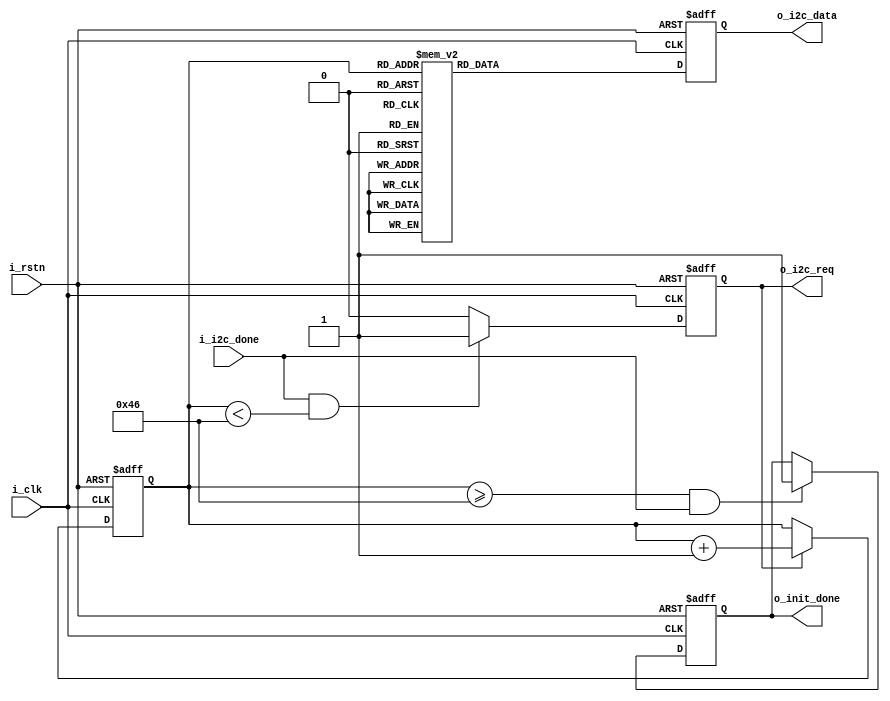
module i2c_reg_map_module #(
    parameter integer REG_NUM   = 7'd70,
    parameter integer REG_WIDTH = 8'd8
) (
    input                      i_clk,
    input                      i_rstn,
    //--
    input                      i_i2c_done,
    output reg                 o_i2c_req,
    output reg [REG_WIDTH-1:0] o_i2c_data,
    output reg                 o_init_done
);

  //reg define
  reg [6:0] init_reg_cnt;

  //*****************************************************
  //**                    main code
  //*****************************************************

  always @(posedge i_clk or negedge i_rstn) begin
    if (!i_rstn) init_reg_cnt <= 7'd0;
    else if (o_i2c_req) init_reg_cnt <= init_reg_cnt + 7'b1;
  end


  always @(posedge i_clk or negedge i_rstn) begin
    if (!i_rstn) o_i2c_req <= 1'b0;
    else if (i_i2c_done && (init_reg_cnt < REG_NUM)) o_i2c_req <= 1'b1;
    else o_i2c_req <= 1'b0;
  end

  always @(posedge i_clk or negedge i_rstn) begin
    if (!i_rstn) o_init_done <= 1'b0;
    else if ((init_reg_cnt >= REG_NUM) && i_i2c_done) o_init_done <= 1'b1;
    else o_init_done <= o_init_done;
  end

  always @(posedge i_clk or negedge i_rstn) begin
    if (!i_rstn) o_i2c_data <= 16'b0;
    else begin
      case (init_reg_cnt)
        7'd0: o_i2c_data <= {8'h12, 8'h80};
        7'd1: o_i2c_data <= {8'h3d, 8'h03};
        7'd2: o_i2c_data <= {8'h15, 8'h00};
        7'd3: o_i2c_data <= {8'h17, 8'h23};
        7'd4: o_i2c_data <= {8'h18, 8'ha0};
        7'd5: o_i2c_data <= {8'h19, 8'h07};
        7'd6: o_i2c_data <= {8'h1a, 8'hf0};
        7'd7: o_i2c_data <= {8'h32, 8'h00};
        7'd8: o_i2c_data <= {8'h29, 8'ha0};
        7'd9: o_i2c_data <= {8'h2a, 8'h00};
        7'd10: o_i2c_data <= {8'h2b, 8'h00};
        7'd11: o_i2c_data <= {8'h2c, 8'hf0};
        7'd12: o_i2c_data <= {8'h0d, 8'h41};
        7'd13: o_i2c_data <= {8'h11, 8'h00};
        7'd14: o_i2c_data <= {8'h12, 8'h06};
        7'd15: o_i2c_data <= {8'h0c, 8'h10};
        7'd16: o_i2c_data <= {8'h42, 8'h7f};
        7'd17: o_i2c_data <= {8'h4d, 8'h09};
        7'd18: o_i2c_data <= {8'h63, 8'hf0};
        7'd19: o_i2c_data <= {8'h64, 8'hff};
        7'd20: o_i2c_data <= {8'h65, 8'h00};
        7'd21: o_i2c_data <= {8'h66, 8'h00};
        7'd22: o_i2c_data <= {8'h67, 8'h00};
        7'd23: o_i2c_data <= {8'h13, 8'hff};
        7'd24: o_i2c_data <= {8'h0f, 8'hc5};
        7'd25: o_i2c_data <= {8'h14, 8'h11};
        7'd26: o_i2c_data <= {8'h22, 8'h98};
        7'd27: o_i2c_data <= {8'h23, 8'h03};
        7'd28: o_i2c_data <= {8'h24, 8'h40};
        7'd29: o_i2c_data <= {8'h25, 8'h30};
        7'd30: o_i2c_data <= {8'h26, 8'ha1};
        7'd31: o_i2c_data <= {8'h6b, 8'haa};
        7'd32: o_i2c_data <= {8'h13, 8'hff};
        7'd33: o_i2c_data <= {8'h90, 8'h0a};
        7'd34: o_i2c_data <= {8'h91, 8'h01};
        7'd35: o_i2c_data <= {8'h92, 8'h01};
        7'd36: o_i2c_data <= {8'h93, 8'h01};
        7'd37: o_i2c_data <= {8'h94, 8'h5f};
        7'd38: o_i2c_data <= {8'h95, 8'h53};
        7'd39: o_i2c_data <= {8'h96, 8'h11};
        7'd40: o_i2c_data <= {8'h97, 8'h1a};
        7'd41: o_i2c_data <= {8'h98, 8'h3d};
        7'd42: o_i2c_data <= {8'h99, 8'h5a};
        7'd43: o_i2c_data <= {8'h9a, 8'h1e};
        7'd44: o_i2c_data <= {8'h9b, 8'h3f};
        7'd45: o_i2c_data <= {8'h9c, 8'h25};
        7'd46: o_i2c_data <= {8'h9e, 8'h81};
        7'd47: o_i2c_data <= {8'ha6, 8'h06};
        7'd48: o_i2c_data <= {8'ha7, 8'h65};
        7'd49: o_i2c_data <= {8'ha8, 8'h65};
        7'd50: o_i2c_data <= {8'ha9, 8'h80};
        7'd51: o_i2c_data <= {8'haa, 8'h80};
        7'd52: o_i2c_data <= {8'h7e, 8'h0c};
        7'd53: o_i2c_data <= {8'h7f, 8'h16};
        7'd54: o_i2c_data <= {8'h80, 8'h2a};
        7'd55: o_i2c_data <= {8'h81, 8'h4e};
        7'd56: o_i2c_data <= {8'h82, 8'h61};
        7'd57: o_i2c_data <= {8'h83, 8'h6f};
        7'd58: o_i2c_data <= {8'h84, 8'h7b};
        7'd59: o_i2c_data <= {8'h85, 8'h86};
        7'd60: o_i2c_data <= {8'h86, 8'h8e};
        7'd61: o_i2c_data <= {8'h87, 8'h97};
        7'd62: o_i2c_data <= {8'h88, 8'ha4};
        7'd63: o_i2c_data <= {8'h89, 8'haf};
        7'd64: o_i2c_data <= {8'h8a, 8'hc5};
        7'd65: o_i2c_data <= {8'h8b, 8'hd7};
        7'd66: o_i2c_data <= {8'h8c, 8'he8};
        7'd67: o_i2c_data <= {8'h8d, 8'h20};
        7'd68: o_i2c_data <= {8'h0e, 8'h65};
        7'd69: o_i2c_data <= {8'h09, 8'h00};
        default: o_i2c_data <= {8'h1C, 8'h7F};
      endcase
    end
  end

endmodule